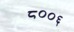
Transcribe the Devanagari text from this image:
८००६